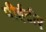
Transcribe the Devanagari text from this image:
पीईटीए